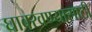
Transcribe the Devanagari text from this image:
घाबरवण्यासाठी